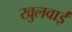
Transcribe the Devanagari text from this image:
खुलवाईं